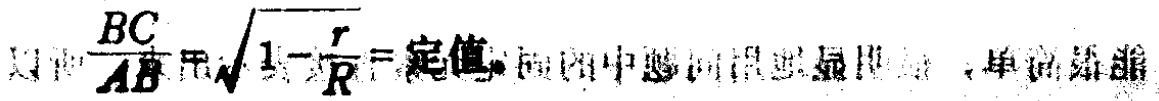
$\frac{BC}{AB}=\sqrt{1 - \frac{r}{R}}=\text{定值}$